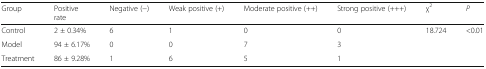
<table><thead><tr><td><b>Group</b></td><td><b>Positive rate</b></td><td><b>Negative (−)</b></td><td><b>Weak positive (+)</b></td><td><b>Moderate positive (++)</b></td><td><b>Strong positive (+++)</b></td><td><b>χ<sup>2</sup></b></td><td><b><i>P</i></b></td></tr></thead><tbody><tr><td>Control</td><td>2 ± 0.34%</td><td>6</td><td>1</td><td>0</td><td>0</td><td rowspan="3">18.724</td><td rowspan="3">&lt;0.01</td></tr><tr><td>Model</td><td>94 ± 6.17%</td><td>0</td><td>0</td><td>7</td><td>3</td></tr><tr><td>Treatment</td><td>86 ± 9.28%</td><td>1</td><td>6</td><td>5</td><td>1</td></tr></tbody></table>